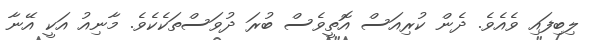
ލިބިފައި ވެއެވެ. ދެން ކުރިއަސް އޮތީވެސް ބުރަ ދުވަސްތަކެކެވެ. މާނިއު އަކީ އޭނާ